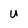
Character: U